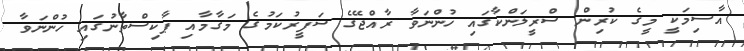
އާސިމަކީ މީގެ ކުރިން ސްރީލަންކާގައި ހުންނަވާ ރާއްޖޭގެ ސަފީރުކަމުގެ މަގާމާއި ޕާކިސްތާނުގައި ހުންނަވާ